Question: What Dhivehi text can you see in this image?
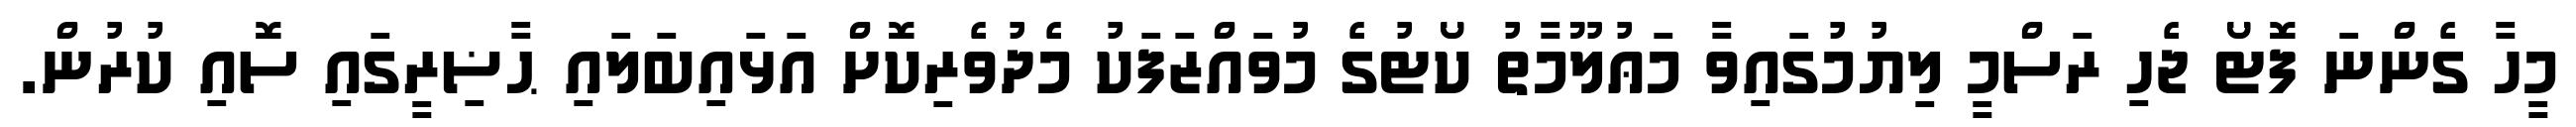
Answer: މީހާ ގެންނަ ފޮޓޯ ޖެހި ރަސްމީ ލިޔުމުގައިވާ މަޢުލޫމާތު ކޯޓުގެ މުވައްޒަފަކު މެދުވެރިކޮށް އަޅައިބަލައި ޙާޟިރީގައި ސޮއި ކުރުން.